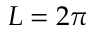
L = 2 \pi